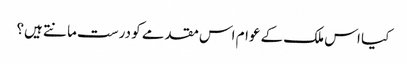
کیا اس ملک کے عوام اس مقدمے کو درست مانتے ہیں؟